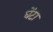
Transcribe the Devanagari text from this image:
घेंटा